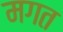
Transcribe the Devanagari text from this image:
मगत